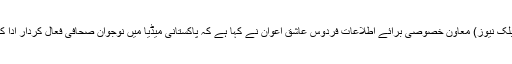
اسلام آباد (پبلک نیوز) معاون خصوصی برائے اطلاعات فردوس عاشق اعوان نے کہا ہے کہ پاکستانی میڈیا میں نوجوان صحافی فعال کردار ادا کر رہے ہیں۔